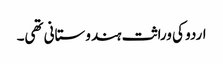
اردو کی وراثت ہندوستانی تھی۔